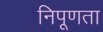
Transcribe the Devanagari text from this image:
निपूणता